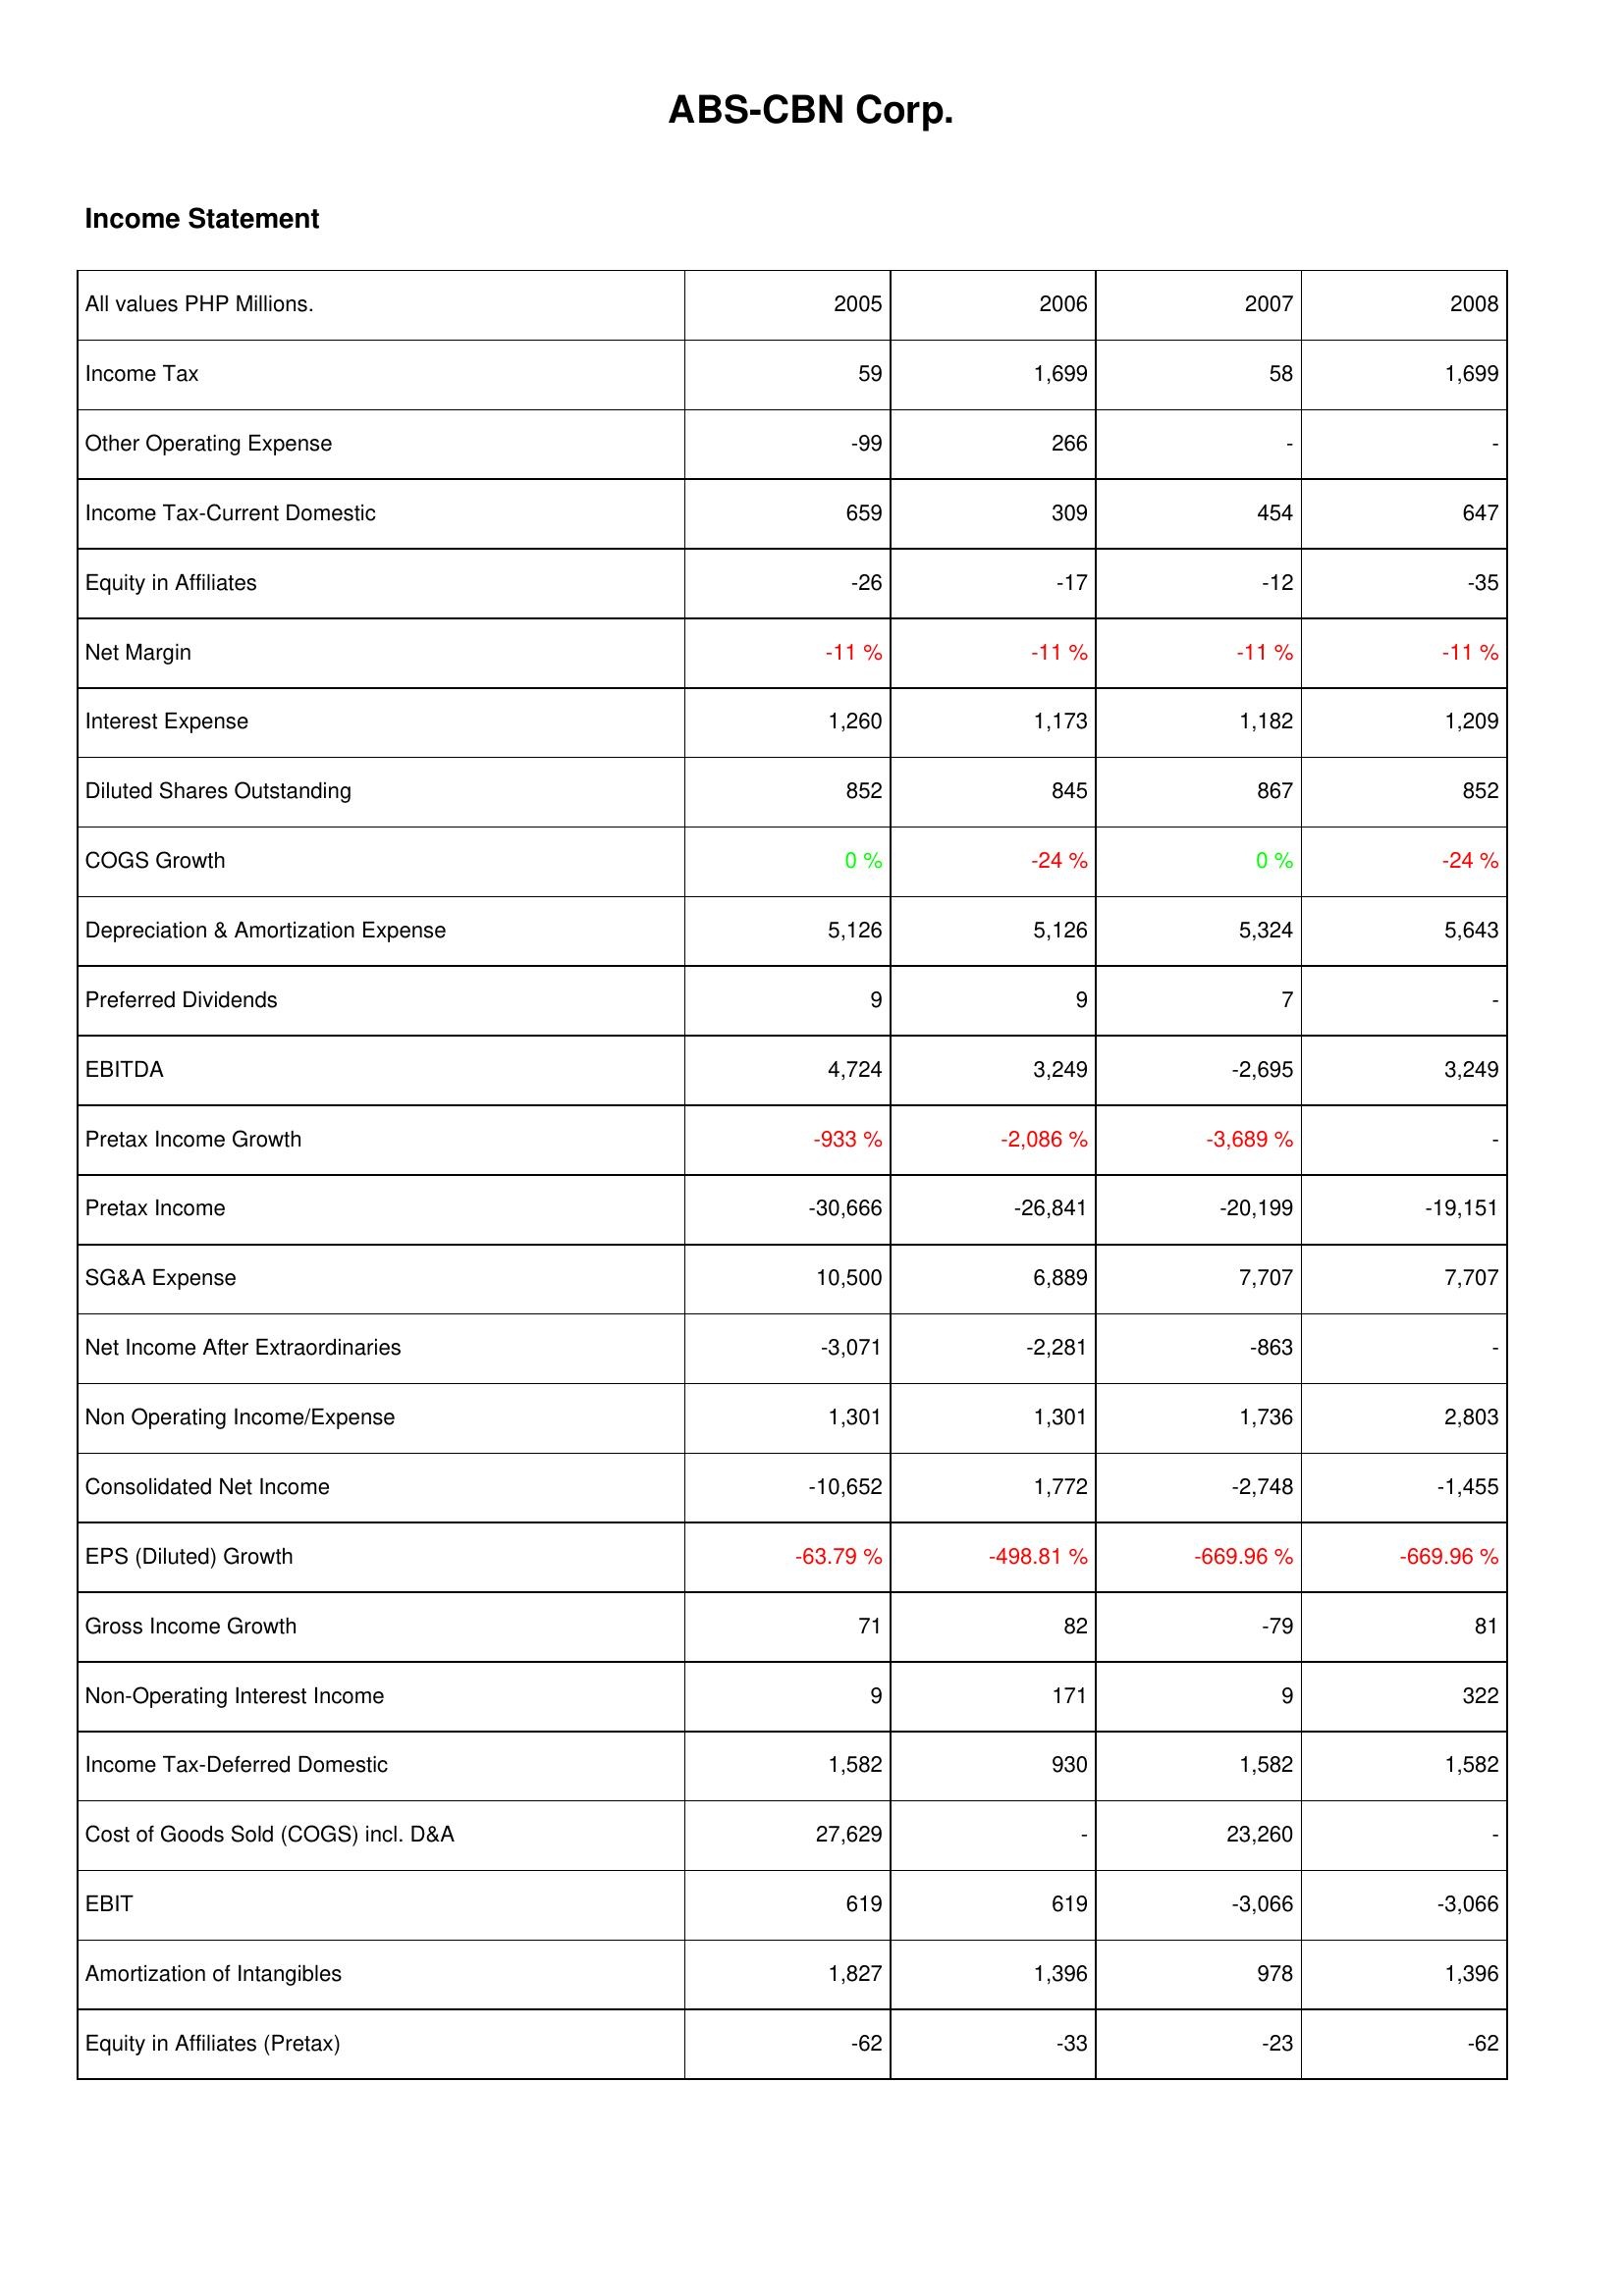
2005: Income Statement: Income Tax: 59
Other Operating Expense: -99
Income Tax-Current Domestic: 659
Equity in Affiliates: -26
Net Margin: -11 %
Interest Expense: 1,260
Diluted Shares Outstanding: 852
COGS Growth: 0 %
Depreciation & Amortization Expense: 5,126
Preferred Dividends: 9
EBITDA: 4,724
Pretax Income Growth: -933 %
Pretax Income: -30,666
SG&A Expense: 10,500
Net Income After Extraordinaries: -3,071
Non Operating Income/Expense: 1,301
Consolidated Net Income: -10,652
EPS (Diluted) Growth: -63.79 %
Gross Income Growth: 71
Non-Operating Interest Income: 9
Income Tax-Deferred Domestic: 1,582
Cost of Goods Sold (COGS) incl. D&A: 27,629
EBIT: 619
Amortization of Intangibles: 1,827
Equity in Affiliates (Pretax): -62
2006: Income Statement: Income Tax: 1,699
Other Operating Expense: 266
Income Tax-Current Domestic: 309
Equity in Affiliates: -17
Net Margin: -11 %
Interest Expense: 1,173
Diluted Shares Outstanding: 845
COGS Growth: -24 %
Depreciation & Amortization Expense: 5,126
Preferred Dividends: 9
EBITDA: 3,249
Pretax Income Growth: -2,086 %
Pretax Income: -26,841
SG&A Expense: 6,889
Net Income After Extraordinaries: -2,281
Non Operating Income/Expense: 1,301
Consolidated Net Income: 1,772
EPS (Diluted) Growth: -498.81 %
Gross Income Growth: 82
Non-Operating Interest Income: 171
Income Tax-Deferred Domestic: 930
Cost of Goods Sold (COGS) incl. D&A: -
EBIT: 619
Amortization of Intangibles: 1,396
Equity in Affiliates (Pretax): -33
2007: Income Statement: Income Tax: 58
Other Operating Expense: -
Income Tax-Current Domestic: 454
Equity in Affiliates: -12
Net Margin: -11 %
Interest Expense: 1,182
Diluted Shares Outstanding: 867
COGS Growth: 0 %
Depreciation & Amortization Expense: 5,324
Preferred Dividends: 7
EBITDA: -2,695
Pretax Income Growth: -3,689 %
Pretax Income: -20,199
SG&A Expense: 7,707
Net Income After Extraordinaries: -863
Non Operating Income/Expense: 1,736
Consolidated Net Income: -2,748
EPS (Diluted) Growth: -669.96 %
Gross Income Growth: -79
Non-Operating Interest Income: 9
Income Tax-Deferred Domestic: 1,582
Cost of Goods Sold (COGS) incl. D&A: 23,260
EBIT: -3,066
Amortization of Intangibles: 978
Equity in Affiliates (Pretax): -23
2008: Income Statement: Income Tax: 1,699
Other Operating Expense: -
Income Tax-Current Domestic: 647
Equity in Affiliates: -35
Net Margin: -11 %
Interest Expense: 1,209
Diluted Shares Outstanding: 852
COGS Growth: -24 %
Depreciation & Amortization Expense: 5,643
Preferred Dividends: -
EBITDA: 3,249
Pretax Income Growth: -
Pretax Income: -19,151
SG&A Expense: 7,707
Net Income After Extraordinaries: -
Non Operating Income/Expense: 2,803
Consolidated Net Income: -1,455
EPS (Diluted) Growth: -669.96 %
Gross Income Growth: 81
Non-Operating Interest Income: 322
Income Tax-Deferred Domestic: 1,582
Cost of Goods Sold (COGS) incl. D&A: -
EBIT: -3,066
Amortization of Intangibles: 1,396
Equity in Affiliates (Pretax): -62